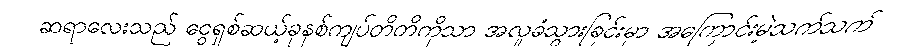
ဆရာလေးသည် ငွေရှစ်ဆယ့်ခုနစ်ကျပ်တိတိကိုသာ အလှုခံသွားခြင်းမှာ အကြောင်းမဲ့သက်သက်